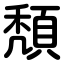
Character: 頽